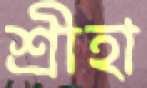
শ্রীহা